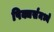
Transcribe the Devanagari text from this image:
पिक्चर्संमध्ये